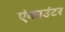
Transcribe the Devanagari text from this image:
एंकाउंटर